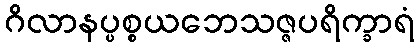
ဂိလာနပ္ပစ္စယဘေသဇ္ဇပရိက္ခာရံ